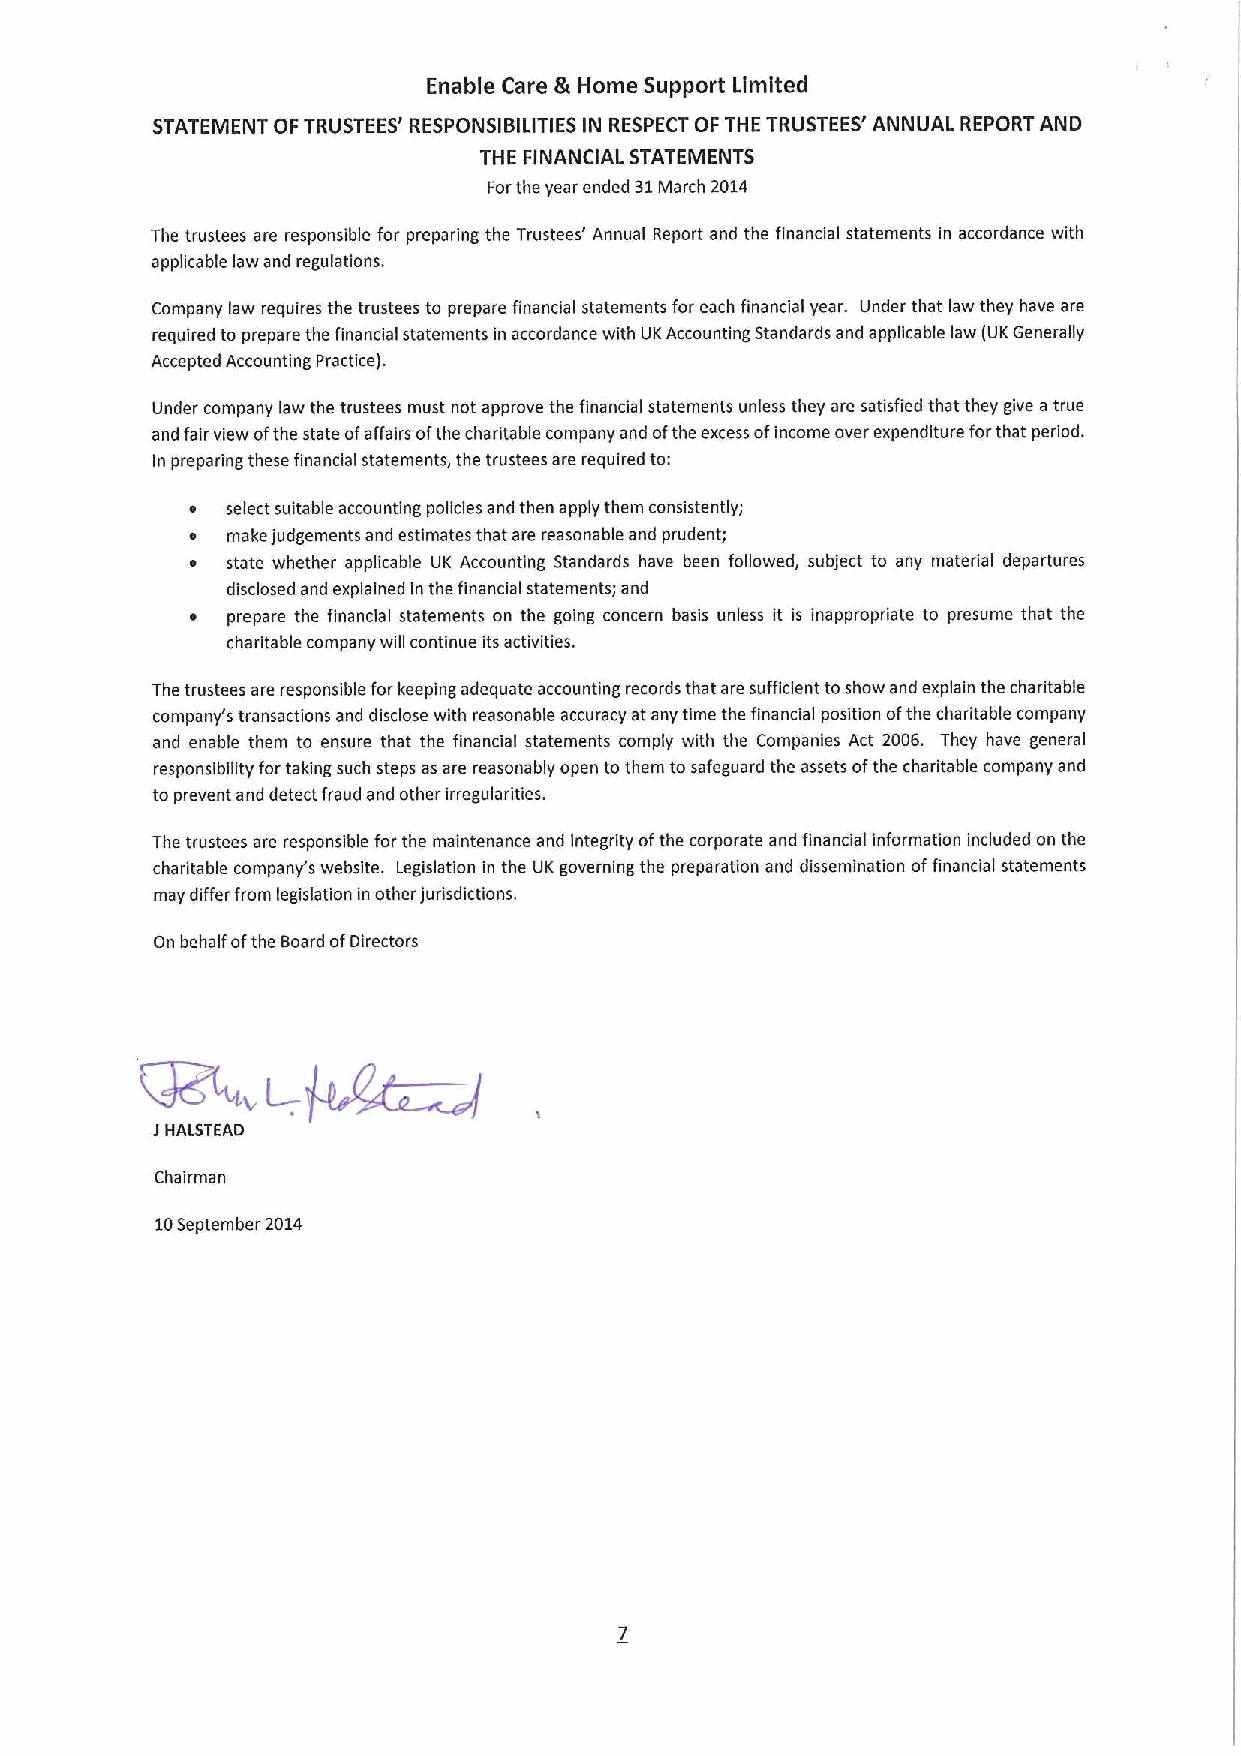
Enable Care & Home Support Limited
 STATEMENT OFTRUSTEES' RESPONSIBILITIES IN RESPECT OF THE TRUSTEES' ANNUAL REPORT AND
 THE FINANCIAL STATEMENTS
 Forthe year ended 31March 2014
 The trustees are responsible for preparing the Trustees' Annual Report and the financial statements in accordance with
 applicable law and regulations.
 Company law requires the trustees to prepare financial statements for each financial year. Under that law they have are
 required to prepare the financial statements in accordance with UKAccounting Standards and applicable law (UKGenerally
 Accepted Accounting Practice).
 Under company law the trustees must not approve the financial statements unless they are satisfied that they give atrue
 and fair view ofthe state ofaffairs ofthe charitable company and ofthe excess ofincome over expenditure forthat period.
 In preparing these financial statements, the trustees are required to:
 select suitable accounting policies and then apply them consistently;
 make judgements and estimates that are reasonable and prudent;
 state whether applicable UK Accounting Standards have been followed, subject to any material departures
 disclosed and explained in the financial statements; and
 prepare the financial statements on the going concern basis unless it is inappropriate to presume that the
 charitable company will continue its activities.
 The trustees are responsible for keeping adequate accounting records that are sufficient toshow and explain the charitable
 company's transactions and disclose with reasonable accuracy at any time the financial position ofthe charitable company
 and enable them to ensure that the financial statements comply with the Companies Act 2006. They have general
 responsibility for taking such steps asare reasonably open to them tosafeguard the assets ofthe charitable company and
 to prevent and detect fraud and other irregularities.
 The trustees are responsible for the maintenance and integrity ofthe corporate and financial information included on the
 charitable company's website. Legislation in the UK governing the preparation and dissemination offinancial statements
 may differ from legislation in other jurisdictions.
 On behalf ofthe Board ofDirectors
 1HALSTEAD
 Chairman
 10September 2014